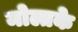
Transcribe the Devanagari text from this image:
मोल्तके